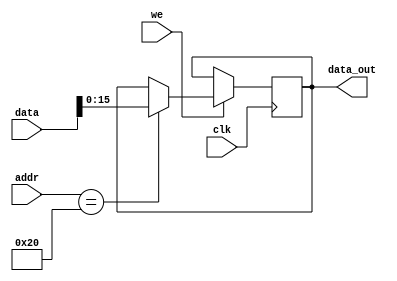
module mem_ctrl(
    input clk,
    input [31:0]addr,
    input [31:0]data,
    input we,

    output reg [15:0]data_out = 16'b0
);

always @(posedge clk) begin
    if (we) begin
        $display("[%h] <- %h", addr, data);
        if (addr == 32'h20)
            data_out <= data[15:0];
    end
end

endmodule